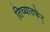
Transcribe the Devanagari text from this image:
तिच्यातफेर्